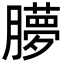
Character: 䑅